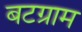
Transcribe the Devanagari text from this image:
बटग्राम